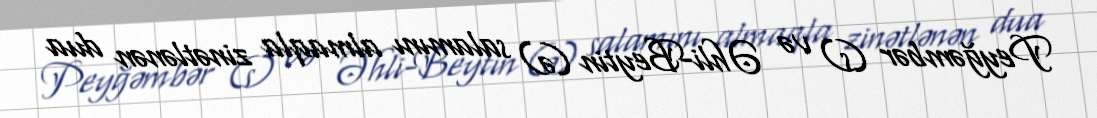
Peyğəmbər (s) və Əhli-Beytin (ə) salamını almaqla zinətlənən dua